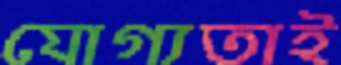
যোগ্যতাই